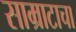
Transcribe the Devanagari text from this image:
साम्राटाचा